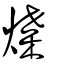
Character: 煠